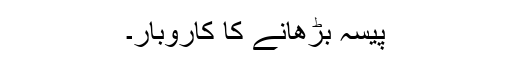
پیسہ بڑھانے کا کاروبار۔